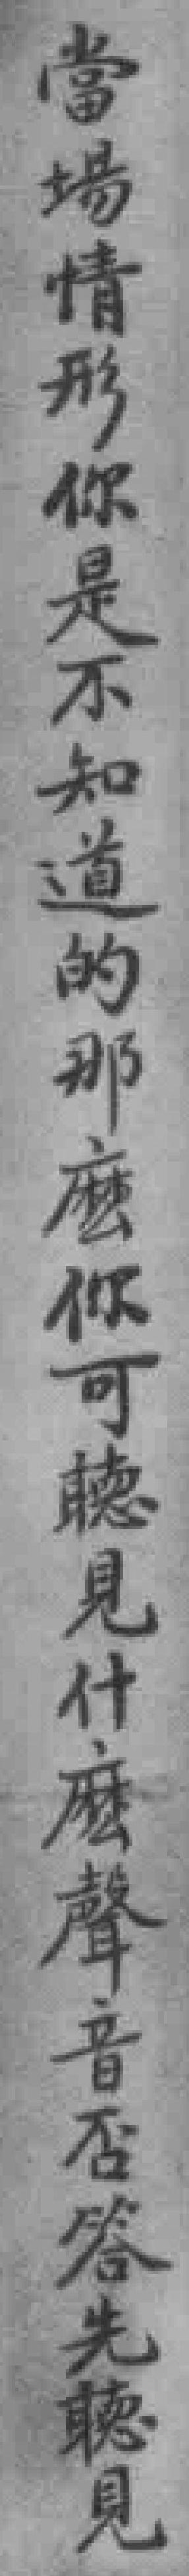
當場情形你是不知道的那麽你可聽見什麽聲音否答先聼見